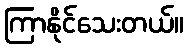
ကြာနိုင်သေးတယ်။